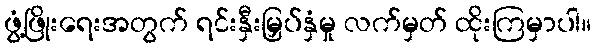
ဖွံ့ဖြိုးရေးအတွက် ရင်းနှီးမြှပ်နှံမှု လက်မှတ် ထိုးကြမှာပါ။